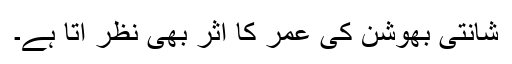
شانتی بھوشن کی عمر کا اثر بھی نظر آتا ہے۔